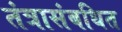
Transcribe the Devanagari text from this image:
तंत्रासंबधित